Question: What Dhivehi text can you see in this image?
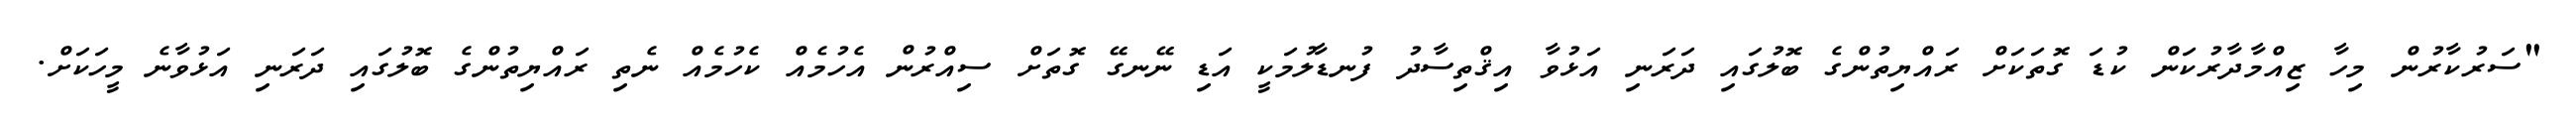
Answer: "ސަރުކާރުން މިހާ ޒިއްމާދާރުކަން ކުޑަ ގޮތަކަށް ރައްޔިތުންގެ ބޮލުގައި ދަރަނި އަޅުވާ އިޤްތިސާދު ފުނޑާލުމަކީ އަޑި ނޭނގޭ ގޮތަށް ސިއްރުން އެހުމެއް ކެހުމެއް ނެތި ރައްޔިތުންގެ ބޮލުގައި ދަރަނި އަޅުވާނެ މީހަކަށް.